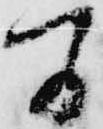
間